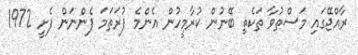
ރާއްޖޭގައި މަސްތުވާ ތަކެތި ބޭނުން ކުރާމީހުން އެންމެ ފުރަތަމަ ފެންނަން ފެށީ 1972